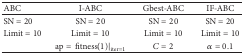
<table><thead><tr><td><b>ABC</b></td><td><b>I-ABC</b></td><td><b>Gbest-ABC</b></td><td><b>IF-ABC</b></td></tr></thead><tbody><tr><td>SN = 20</td><td>SN = 20</td><td>SN = 20</td><td>SN = 20</td></tr><tr><td>Limit = 10</td><td>Limit = 10</td><td>Limit = 10</td><td>Limit = 10</td></tr><tr><td> </td><td>ap = fitness(1)|<sub>iter=1</sub></td><td><i>C</i> = 2</td><td><i>α</i> = 0.1</td></tr></tbody></table>